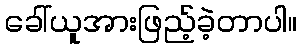
ခေါ်ယူအားဖြည့်ခဲ့တာပါ။